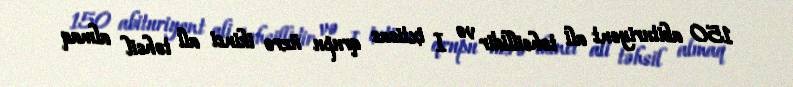
150 abituriyent ali təhsillidir və I ixtisas qrupu üzrə ikinci ali təhsil almaq